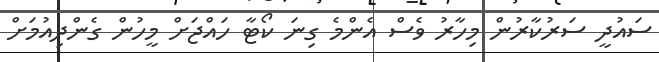
ސައުދީ ސަރުކާރުން މިހާރު ވެސް އެންމެ ގިނަ ކޯޓާ ހައްޖަށް މީހުން ގެންދިއުމަށް